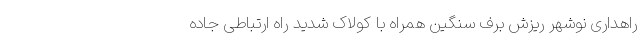
راهداری نوشهر ریزش برف سنگین همراه با کولاک شدید راه ارتباطی جاده